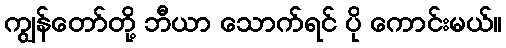
ကျွန်တော်တို့ ဘီယာ သောက်ရင် ပို ကောင်းမယ်။